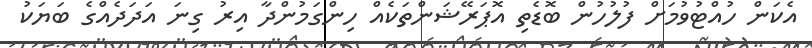
އެކަން ހުއްޓުވުމަށް ފުލުހުން ބޮޑެތި އޮޕަރޭޝަންތަކެއް ހިންގަމުންދާ އިރު ގިނަ އަދަދެއްގެ ބަޔަކު